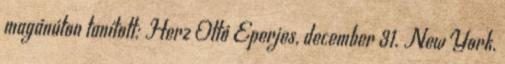
magánúton tanított; Herz Ottó Eperjes, december 31. New York,